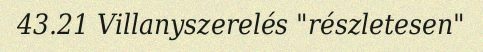
43.21 Villanyszerelés "részletesen"